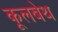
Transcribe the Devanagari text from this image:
कूलबेथ